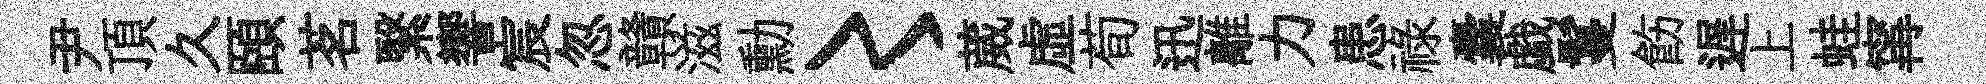
尹頂久頤茗繄響宸忽贛滋勳〻葳虛荀迅離力患祿囊戯鬘飭遅上蛙𡩋